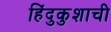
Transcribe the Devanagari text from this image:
हिंदुकुशाची